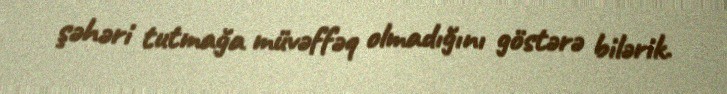
şəhəri tutmağa müvəffəq olmadığını göstərə bilərik.